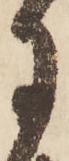
月